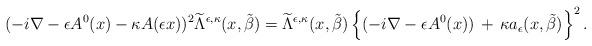
LaTeX: \begin{align*}(-i\nabla-\epsilon A^0(x)-\kappa A(\epsilon x))^2\widetilde{\Lambda}^{\epsilon,\kappa}(x,\tilde{\beta}) =\widetilde{\Lambda}^{\epsilon,\kappa}(x,\tilde{\beta})\left\{(-i\nabla-\epsilon A^0(x))\,+\,\kappa a_\epsilon(x,\tilde{\beta})\right\}^2.\end{align*}